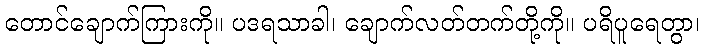
တောင်ချောက်ကြားကို။ ပဒရသာခါ၊ ချောက်လတ်တက်တို့ကို။ ပရိပူရေတွာ၊